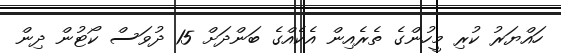
ހައްޔަރު ކުރި މީހުންގެ ތެރެއިން އެކެއްގެ ބަންދަށް 15 ދުވަސް ކޯޓުން ދިން